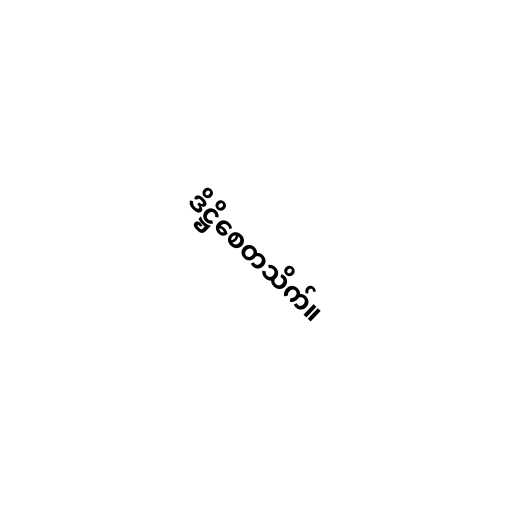
ဒိဋ္ဌိစေတသိက်။